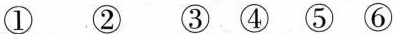
① ② ③ ④ ⑤ ⑥